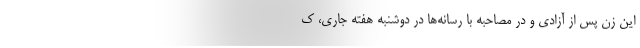
این زن پس از آزادی و در مصاحبه با رسانه‌ها در دوشنبه هفته جاری، ک